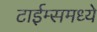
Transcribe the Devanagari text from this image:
टाईम्समध्ये